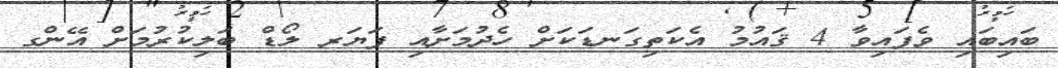
ބައިބައި ވެފައިވާ 4 ޤައުމު އެކަތިގަނޑަކަށް ހެދުމަށާއި ފަޔަރ ލޯޑް ބަލިކުރުމަށް އޭންގ